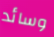
وسائد